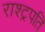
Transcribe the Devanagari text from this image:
राश्ट्रपति